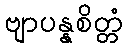
ဗျာပန္နစိတ္တံ